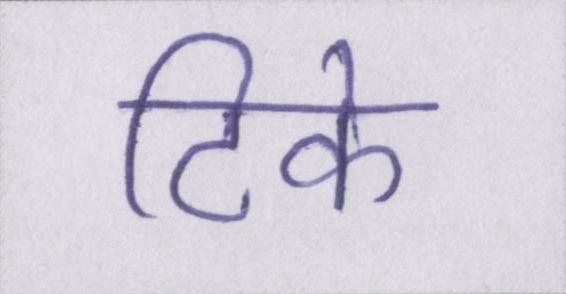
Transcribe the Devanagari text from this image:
टिके